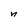
Character: n